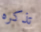
تذكره